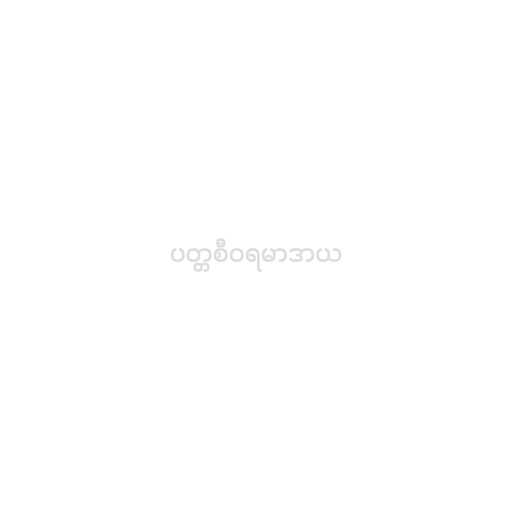
ပတ္တစီဝရမာဒာယ